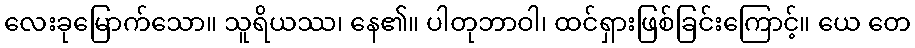
လေးခုမြောက်သော။ သူရိယဿ၊ နေ၏။ ပါတုဘာဝါ၊ ထင်ရှားဖြစ်ခြင်းကြောင့်။ ယေ တေ